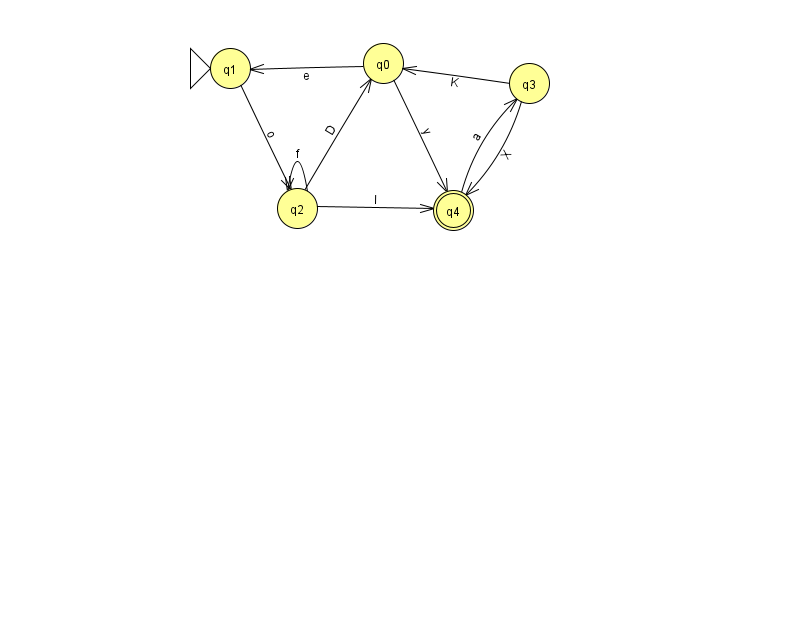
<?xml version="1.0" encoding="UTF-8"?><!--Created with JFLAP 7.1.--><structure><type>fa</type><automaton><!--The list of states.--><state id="0" name="q0"><x>383.0</x><y>50.0</y></state><state id="1" name="q1"><x>230.0</x><y>55.0</y><initial/></state><state id="2" name="q2"><x>297.0</x><y>195.0</y></state><state id="3" name="q3"><x>529.0</x><y>70.0</y></state><state id="4" name="q4"><x>453.0</x><y>197.0</y><final/></state><!--The list of transitions.--><transition><from>1</from><to>2</to><read>o</read></transition><transition><from>3</from><to>0</to><read>K</read></transition><transition><from>3</from><to>4</to><read>X</read></transition><transition><from>2</from><to>2</to><read>f</read></transition><transition><from>2</from><to>0</to><read>D</read></transition><transition><from>0</from><to>1</to><read>e</read></transition><transition><from>2</from><to>4</to><read>I</read></transition><transition><from>0</from><to>4</to><read>y</read></transition><transition><from>4</from><to>3</to><read>a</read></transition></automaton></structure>